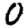
Digit: 0